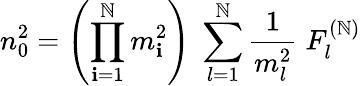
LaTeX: n_{0}^{2}=\left(\prod_{\mathbf{i}=1}^{\mathbb{N}}m_{\mathbf{i}}^{2}\right)\; \sum_{l=1}^{\mathbb{N}}\frac{{1}}{{m_{l}^{2}}}\; F_{l}^{(\mathbb{N})}